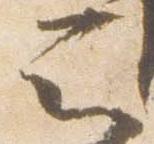
云